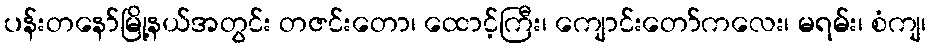
ပန်းတနော်မြို့နယ်အတွင်း တဇင်းတော၊ ထောင့်ကြီး၊ ကျောင်းတော်ကလေး၊ မရမ်း၊ စံကျ၊